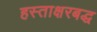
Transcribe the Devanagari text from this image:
हस्ताक्षरबद्ध